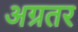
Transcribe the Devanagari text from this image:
अग्रतर